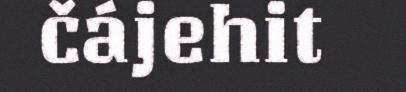
čájehit